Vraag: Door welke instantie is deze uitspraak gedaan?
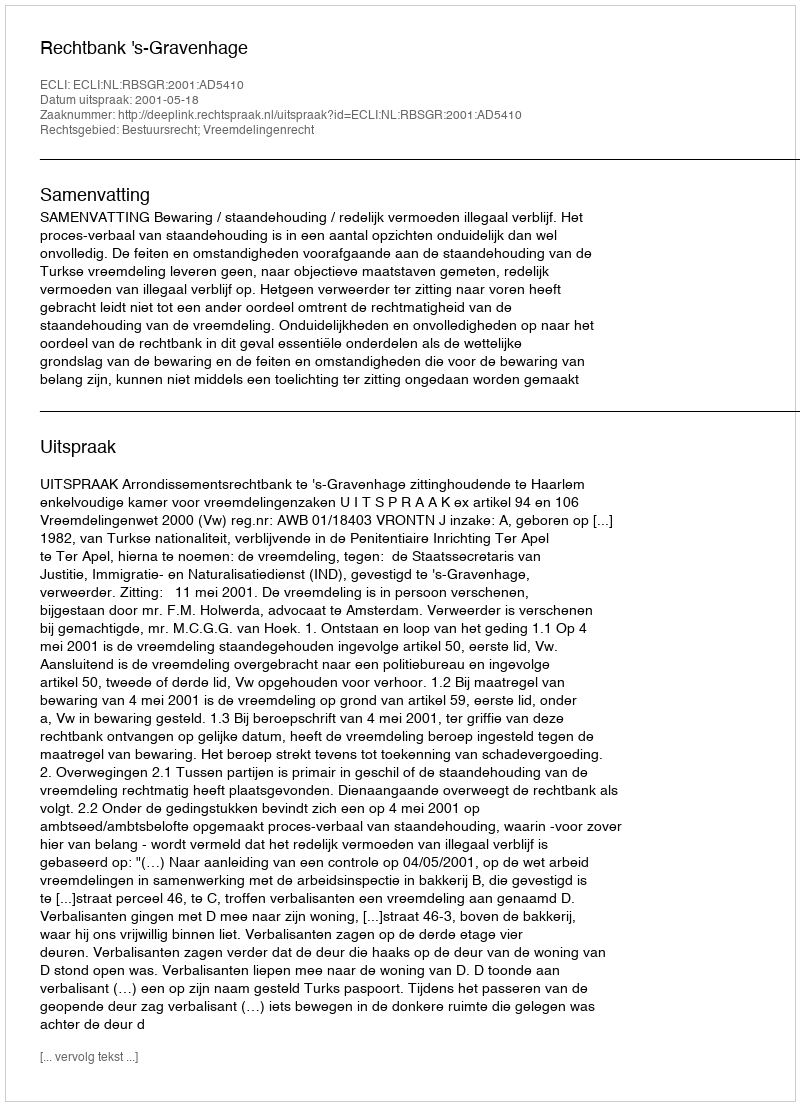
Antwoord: Rechtbank 's-Gravenhage